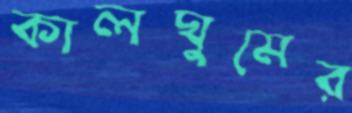
কালঘুমের